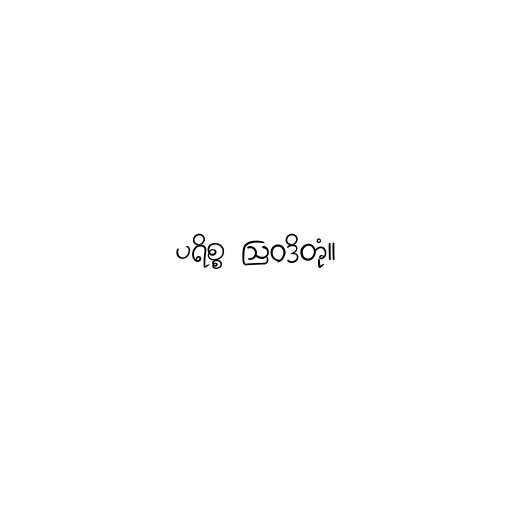
ပရိစ္စ ဩဝဒိတုံ။